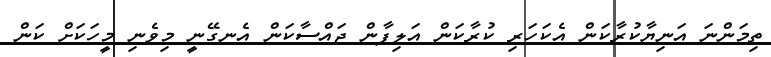
ތިމަންނަ އަނިޔާކުރާކަން އެކަހަރި ކުރާކަން އަލިފާން ޖައްސާކަން އެނގޭނީ މިވެނި މީހަކަށް ކަން